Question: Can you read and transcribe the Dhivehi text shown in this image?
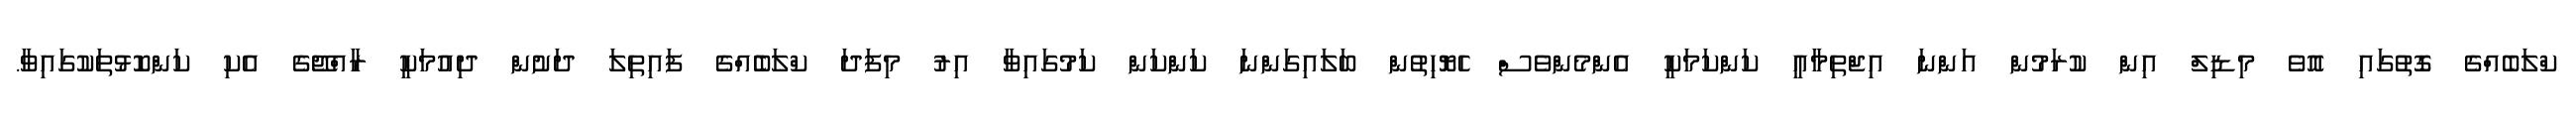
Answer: ކްލަބެއްގެ ގޮތުގައި އޮވެ މިޑިލް އިން ކުރަމުން އަންނަ އިޖްތިމާއީ ކަންކަމަކީ އެންމެންވެސް ހެޔޮހިތުން ބަލައިގަންނަ ކަންކަން ކަމުގައިވާ އިރު މިފަދަ ކްލަބެެއްގެ ފައިތިލަ ދަށުން ދިއުމަކީ ރާއްޖޭގެ އެކި ކަންކޮޅުތަކުގައިވާ.